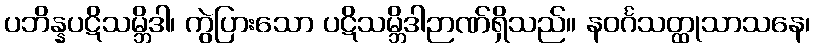
ပဘိန္နပဋိသမ္ဘိဒါ၊ ကွဲပြားသော ပဋိသမ္ဘိဒါဉာဏ်ရှိသည်။ နဝင်္ဂသတ္ထုသာသနေ၊